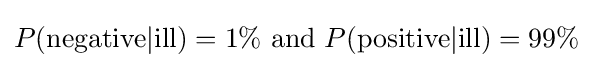
P({\text{negative}}|{\text{ill}})=1\%{\text{ and }}P({\text{positive}}|{\text{ill}})=99\%